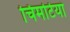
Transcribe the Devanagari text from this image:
चिमटियां